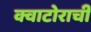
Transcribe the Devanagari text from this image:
क्वाटोराची